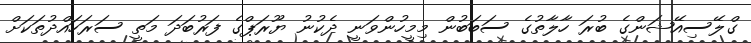
ގްލޭސިއޭޝަންގެ ބުރަ ހާލާތުގެ ސަބަބުން މިމީހުންވަނީ ދެކުނު ޔޫރަޕްގެ ފަރުބަދަ މަތީ ސަރަހައްދުތަކަށް